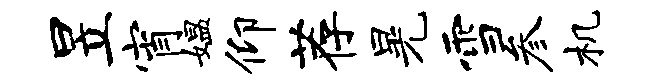
昱宵媪仰荐晃雪参机